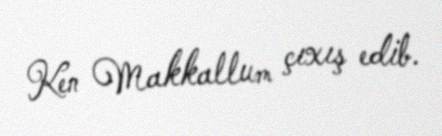
Ken Makkallum çıxış edib.